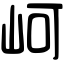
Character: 㞹